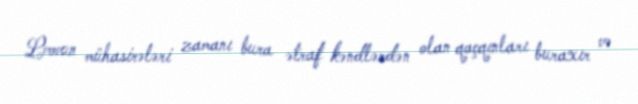
Lvovun mühasirələri zamanı bura ətraf kəndlərdən olan qaçqınları buraxır və